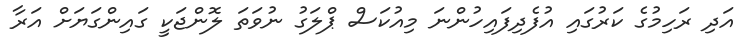
އަދި ރަހިމުގެ ކަރުގައި އުފެދިފައިހުންނަ މިއުކަސް ޕްލަގު ނުވަތަ ލޮންޖަކީ ގައިންގަޔަށް އަރާ